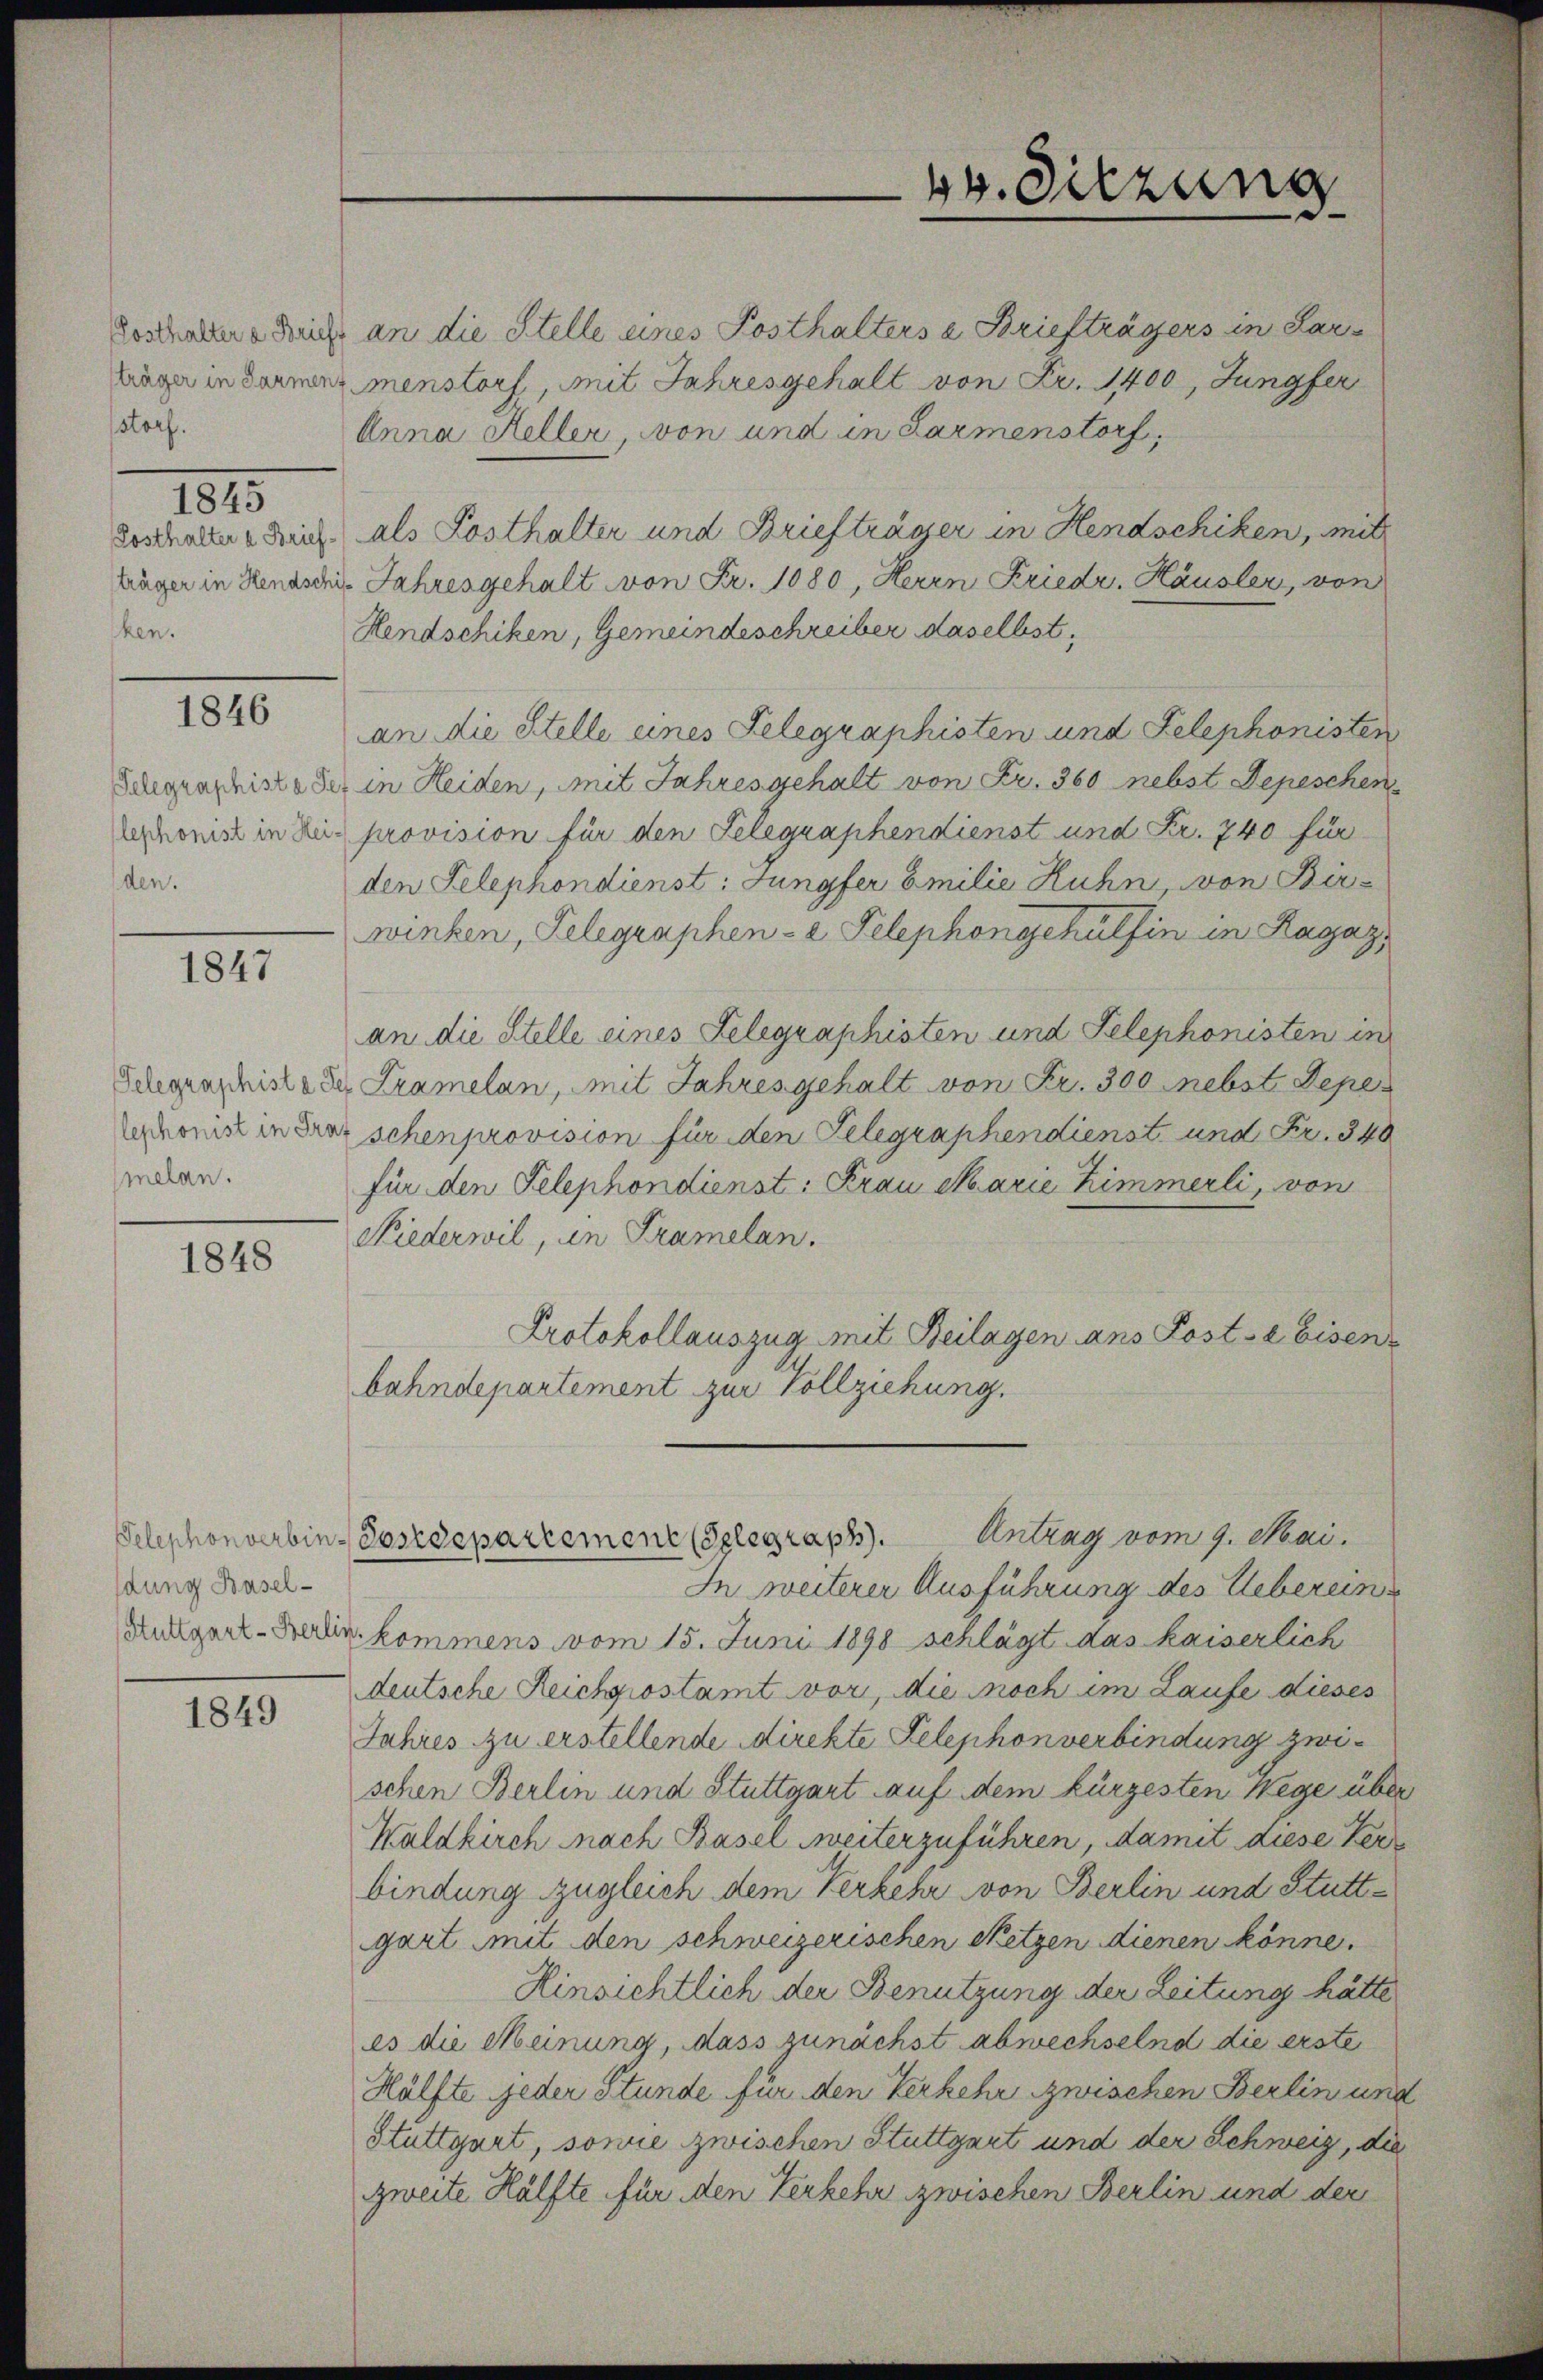
storf.
ken.

1845

1846

den.

1847

melan.

1848

dung Basel¬

1849

Anna Heller, von und in Parmenstorf,
Sosthalter Reich als Posthalter und Briefträger in Hendschiken, mit
lüger in Hends die Jahresgehalt von Fr. 1080, Herrn Kriedr. Häusler, von
Hendschiken, Gemeindeschreiber daselbst,
an die Stelle eines Telegraphisten und Telephonisten
Bagraphisto der in Heiden, mit Jahres gehalt von Fr. 360 nebst Depeschen
Lermonis in dei provision für den Telegraphendienst und Fr. 740 für
den Telephondienst: Jungfer Emilie Kuhn, von Bir-
winken, Telegraphen-a Telephongehülfen in Ragaz,
an die Stelle eines Telegraphisten und Telephonisten in
Schgrandnisse der Kramelan, mit Jahres gehalt von Fr. 300 nebst Depes
Chronik in drei schenprovision für den Telegraphendienst und Fr. 340
für den Telephondienst: Frau Marie Zimmerli, von
Niederwil, in Kramelan
Protokollauszug mit Beilagen ans Post-a Eisen-
bahndepartement zur Vollziehung.
Telephonverbin-Postdepartemen (Gelegraph. Antrag vom 9. Mai.
In weiterer Ausführung des Uebereins
Bulgart-Bedin kommens vom 15. Juni 1898 schlägt das kaiserlich
deutsche Reichgiostamt vor, die noch im Laufe dieses
Jahres zu erstellende direkte Telephon verbindung zwischen Berlin und Stuttgart auf dem kürzesten Wege über
Waldkirch nach Basel weiterzuführen, damit diese Verbindung zugleich dem Verkehr von Berlin und Stuttgart mit den schweizerischen Netzen dienen könne.
Hinsichtlich der Benutzung der Leitung hätte
es die Meinung, dass zunächst abwechselnd die erste
Hälfte jeder Stunde für den Verkehr zwischen Berlin und
Stuttgart, sowie zwischen Stuttgart und der Schweiz, die
zweite Hälfte für den Verkehr zwischen Berlin und der

14. Sitzung
d

Contralen deich an die Stelle eines Posthalters z. Briefträgers in Par¬
Lage in dann menstorf, mit Jahresgehalt von Fr. 1400, Jungfer